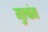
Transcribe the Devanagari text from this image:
गुल्बंग